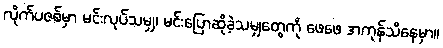
လိုက်ပဇစ်မှာ မင်းလုပ်သမျှ၊ မင်းပြောဆိုခဲ့သမျှတွေကို ဖေဖေ အကုန်သိနေမှာ။